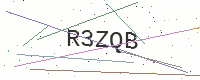
Text: R3ZQB